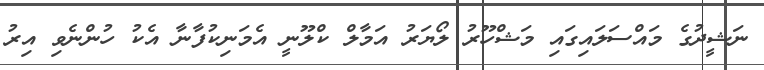
ނަޝީދުގެ މައްސަލައިގައި މަޝްހޫރު ލޯޔަރު އަމާލް ކްލޫނީ އެމަނިކުފާނާ އެކު ހުންނެވި އިރު